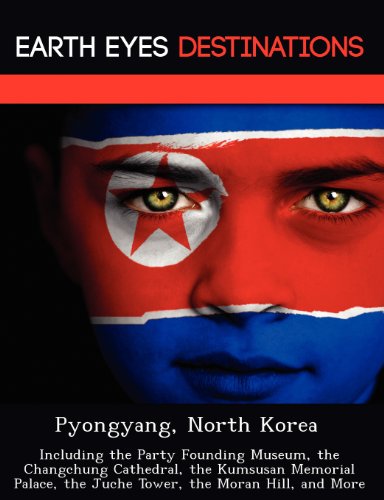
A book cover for Pyongyang, North Korea: Including the Party Founding Museum, the Changchung Cathedral, the Kumsusan Memorial Palace, the Juche Tower, the Moran Hill, and More; Sam Night; Travel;